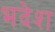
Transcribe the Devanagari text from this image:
भदेश